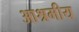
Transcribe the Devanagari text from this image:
आश्रमीय